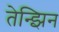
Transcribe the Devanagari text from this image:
तेन्झिन